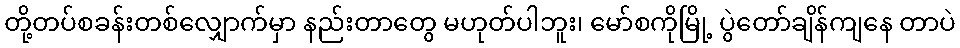
တို့တပ်စခန်းတစ်လျှောက်မှာ နည်းတာတွေ မဟုတ်ပါဘူး၊ မော်စကိုမြို့ ပွဲတော်ချိန်ကျနေ တာပဲ